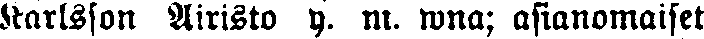
Karlsson Airisto y. m. wna; asianomaiset